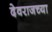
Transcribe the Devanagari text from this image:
देवराजच्या